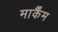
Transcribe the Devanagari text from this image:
मार्कैंम